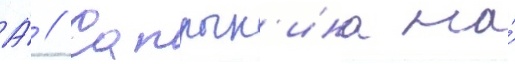
А́ // Сапрык'ина на́